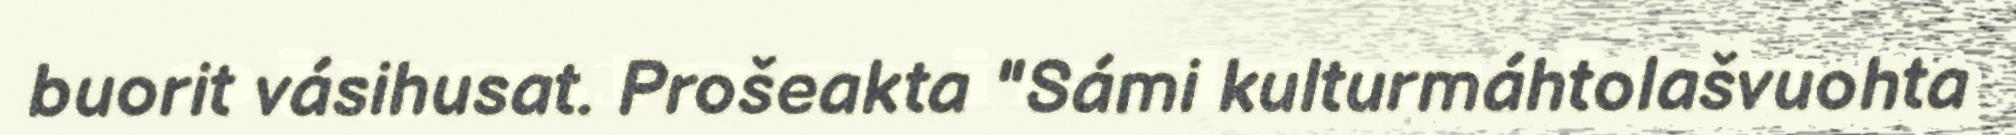
buorit vásihusat. Prošeakta "Sámi kulturmáhtolašvuohta